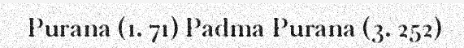
Purana (1. 71) Padma Purana (3. 252)